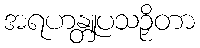
အရဟန္တူပသဉှိတာ